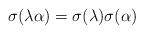
LaTeX: \begin{align*}\sigma(\lambda\alpha)=\sigma(\lambda)\sigma(\alpha)\end{align*}